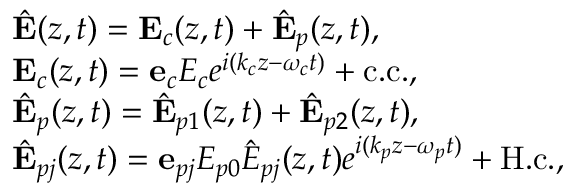
\begin{array} { r l } & { { \hat { \bf E } } ( z , t ) = { \bf E } _ { c } ( z , t ) + { \hat { \bf E } } _ { p } ( z , t ) , } \\ & { { \bf E } _ { c } ( z , t ) = { \bf e } _ { c } { \cal E } _ { c } e ^ { i ( k _ { c } z - \omega _ { c } t ) } + \mathrm { c . c . } , } \\ & { { \hat { \bf E } } _ { p } ( z , t ) = { \hat { \bf E } } _ { p 1 } ( z , t ) + { \hat { \bf E } } _ { p 2 } ( z , t ) , } \\ & { { \hat { \bf E } } _ { p j } ( z , t ) = { \bf e } _ { p j } { \cal E } _ { p 0 } { \hat { E } } _ { p j } ( z , t ) e ^ { i ( k _ { p } z - \omega _ { p } t ) } + \mathrm { H . c . } , } \end{array}